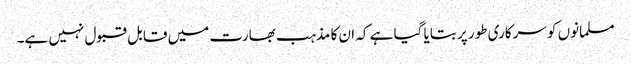
مسلمانوں کو سرکاری طور پر بتایا گیا ہے کہ ان کا مذہب بھارت میں قابل قبول نہیں ہے۔